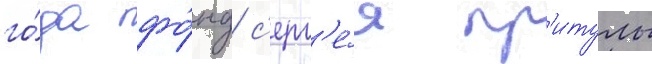
го́да фо́нд с'ерг'е́я пр'итулы